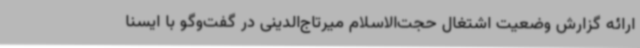
ارائه گزارش وضعیت اشتغال حجت‌الاسلام میرتاج‌الدینی در گفت‌وگو با ایسنا